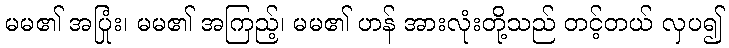
မမ၏ အပြုံး၊ မမ၏ အကြည့်၊ မမ၏ ဟန် အားလုံးတို့သည် တင့်တယ် လှပ၍